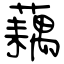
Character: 藕